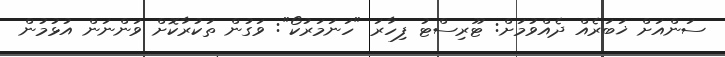
ސަންއަށް ޚަބަރެއް ދެއްވުމަށް: ޓޫރިސްޓު ފިހާރަ "ހަނަމަރުކޯ": ވަގުން ތަކުރާކޮށް ވަންނަން އުޅުމުން